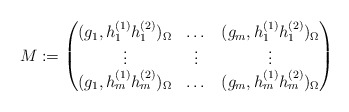
\begin{align*}M:=\begin{pmatrix} ( g_1, h_{1}^{(1)} h_{1}^{(2)} )_{\Omega}& \dots & ( g_m, h_{1}^{(1)} h_{1}^{(2)} )_{\Omega}\\\vdots & \vdots & \vdots\\ ( g_1, h_{m}^{(1)}h_{m}^{(2)} )_{\Omega} & \dots & ( g_m, h_{m}^{(1)} h_{m}^{(2)} )_{\Omega}\end{pmatrix}\end{align*}